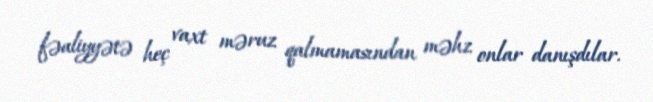
fəaliyyətə heç vaxt məruz qalmamasından məhz onlar danışdılar.